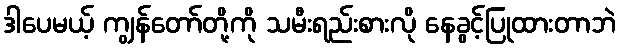
ဒါပေမယ့် ကျွန်တော်တို့ကို သမီးရည်းစားလို နေခွင့်ပြုထားတာဘဲ